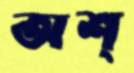
অশ্